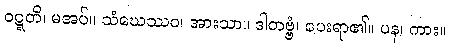
ဝဋ္ဋတိ၊ မအပ်။ သံဃေဿဝ၊ အားသာ။ ဒါတဗ္ဗံ၊ ပေးရာ၏။ ပန၊ ကား။